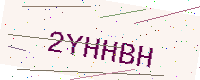
Text: 2YHHBH